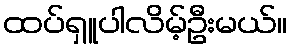
ထပ်ရှူပါလိမ့်ဦးမယ်။